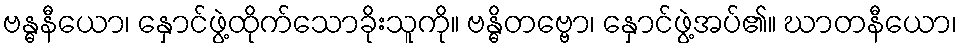
ဗန္ဓနီယော၊ နှောင်ဖွဲ့ထိုက်သောခိုးသူကို။ ဗန္ဓိတဗ္ဗော၊ နှောင်ဖွဲ့အပ်၏။ ဃာတနီယော၊